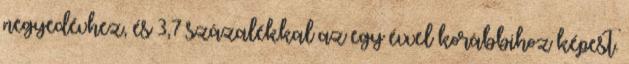
negyedévhez, és 3,7 százalékkal az egy évvel korábbihoz képest.